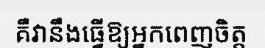
គឺវានឹងធ្វើឱ្យអ្នកពេញចិត្ត